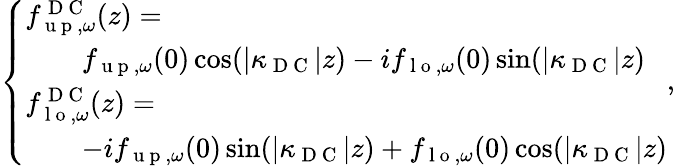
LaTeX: \begin{array}{r}{\left\{ \begin{array}{ll}{{f}_{\mathrm{~u~p~},\omega}^{\mathrm{~D~C~}}(z)=}\\ {\quad\quad{f}_{\mathrm{~u~p~},\omega}(0)\cos(|\kappa_{\mathrm{~D~C~}}|z)-i{f}_{\mathrm{~l~o~},\omega}(0)\sin(|\kappa_{\mathrm{~D~C~}}|z)}\\ {{f}_{\mathrm{~l~o~},\omega}^{\mathrm{~D~C~}}(z)=}\\ {\quad\quad-i{f}_{\mathrm{~u~p~},\omega}(0)\sin(|\kappa_{\mathrm{~D~C~}}|z)+{f}_{\mathrm{~l~o~},\omega}(0)\cos(|\kappa_{\mathrm{~D~C~}}|z)}\end{array}\right.,}\end{array}